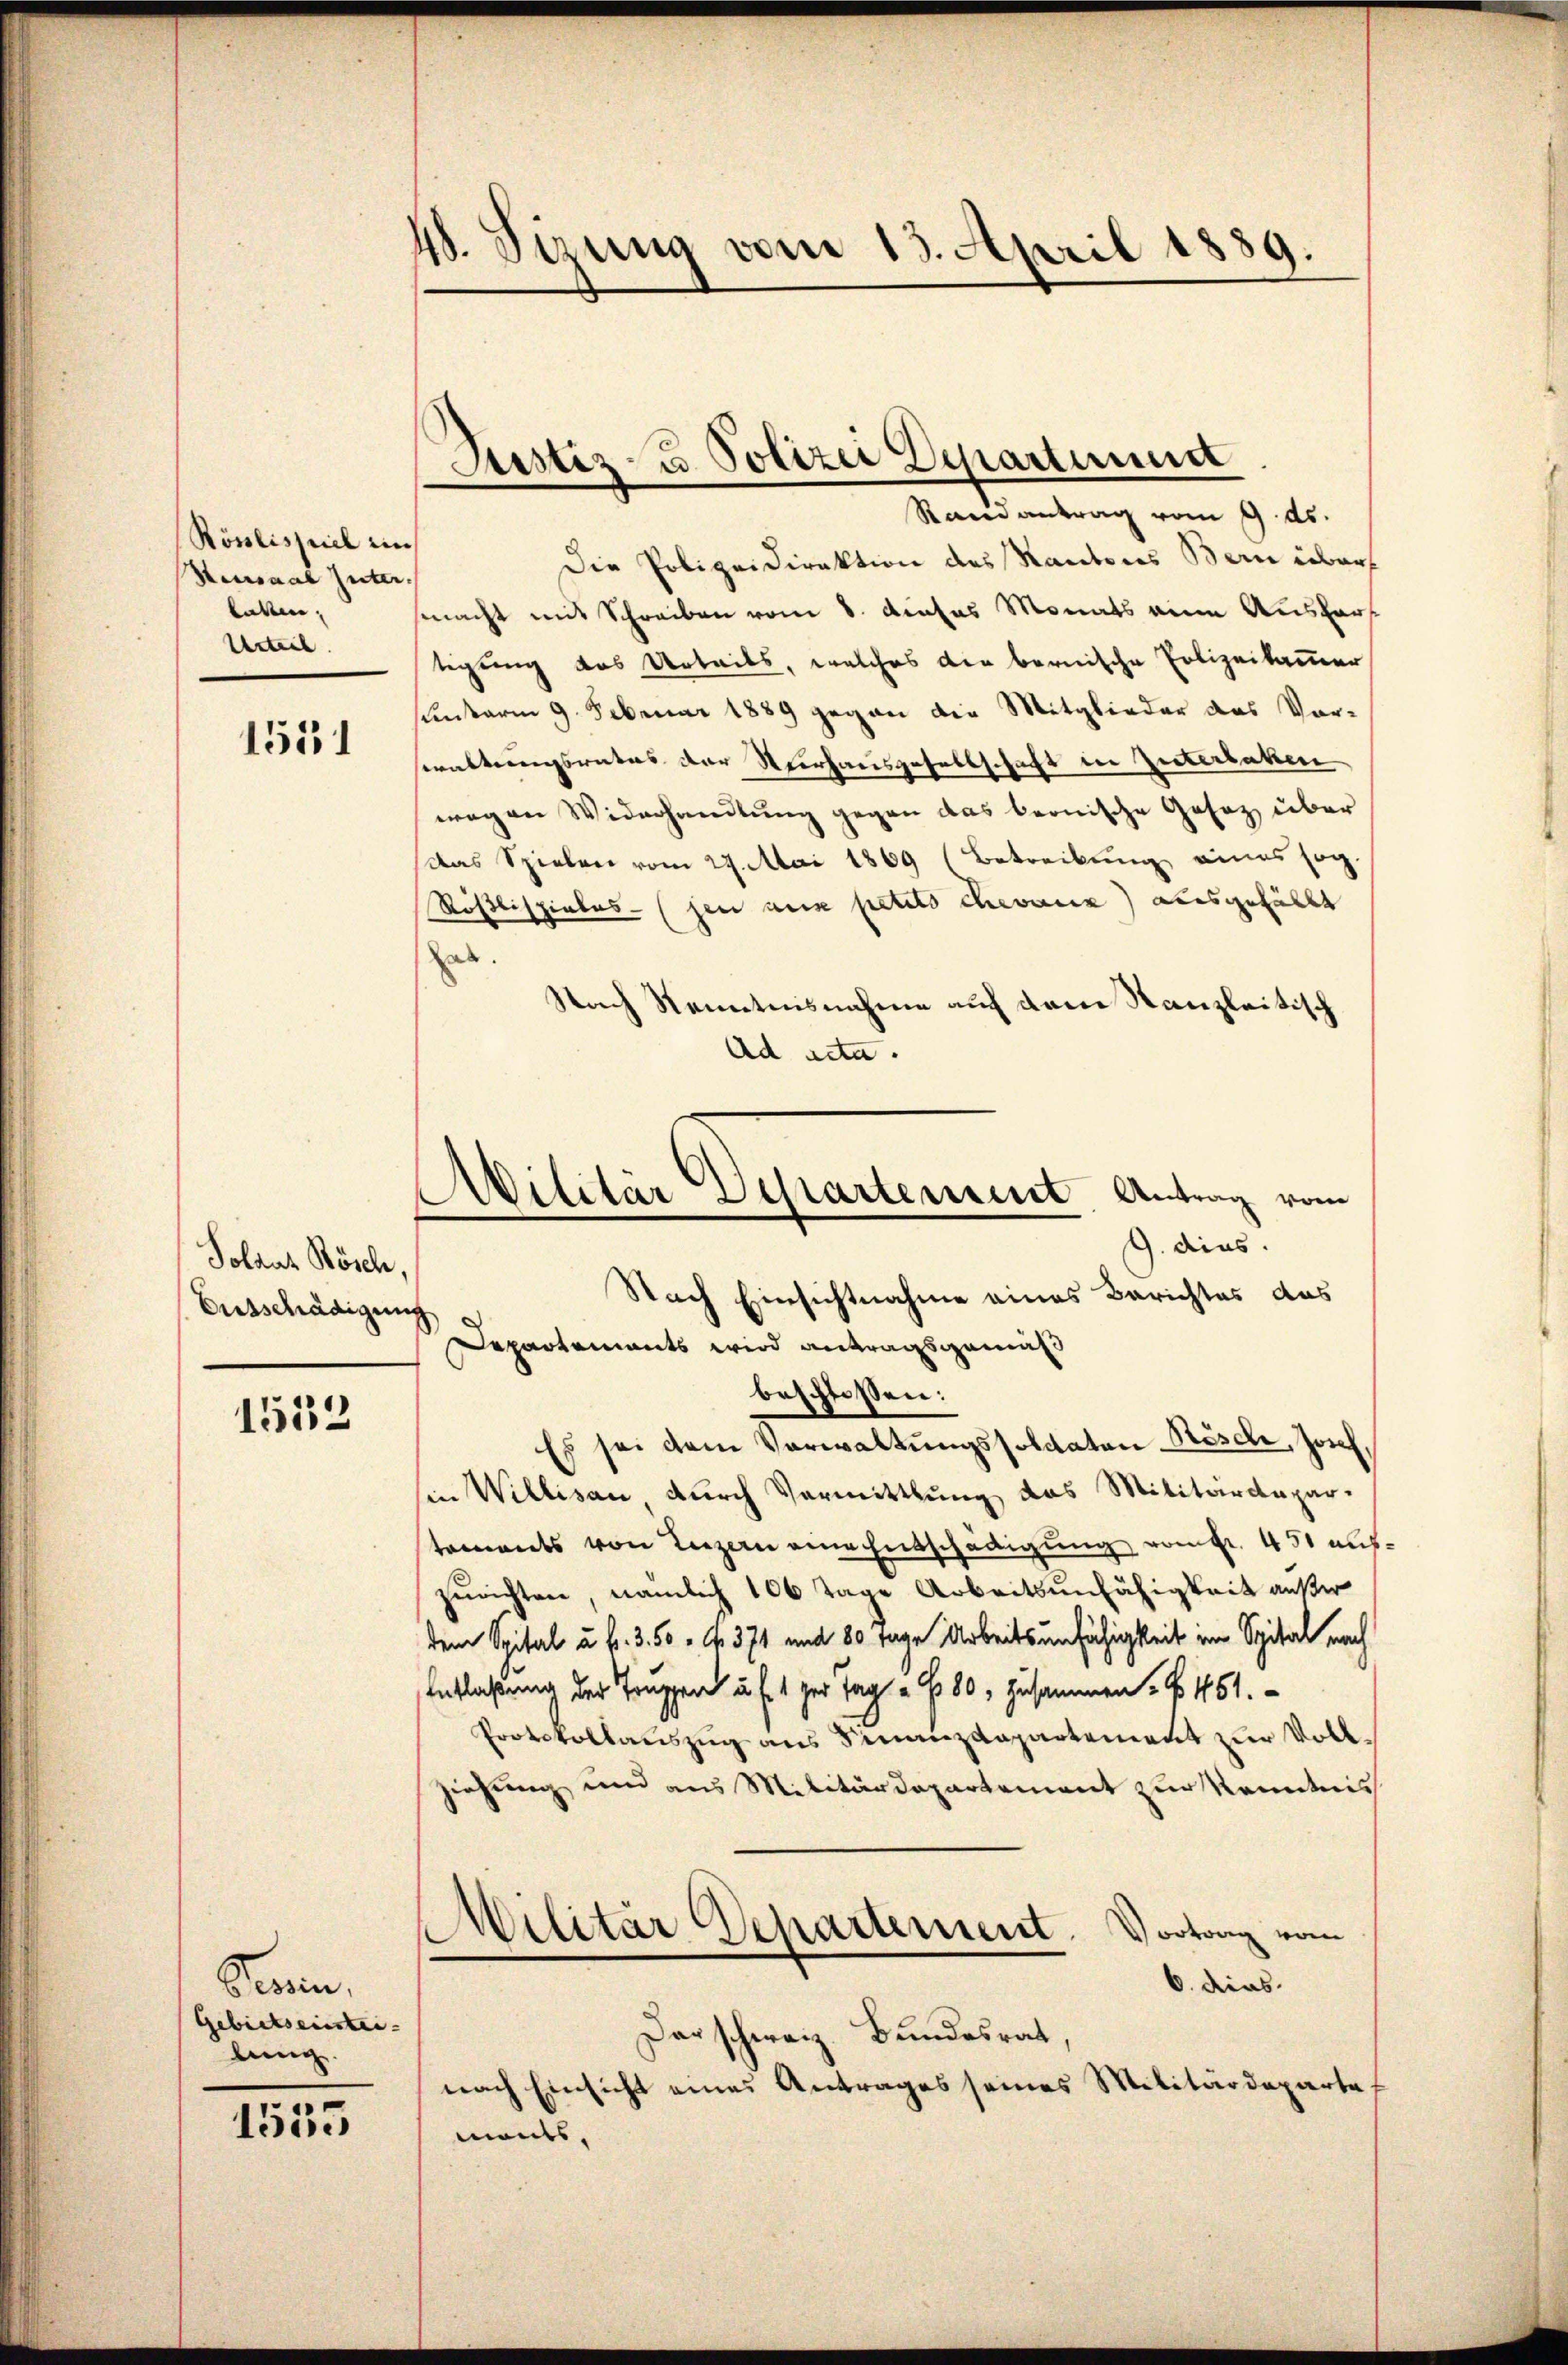
Röslispiel in
Sensaal Intertatten,
Urteil.

1551

Solanz Rösch,
Entschädigen

1552

Kain.
Gebietseinstei- |
lung.

1555

48. Sitzung vom 13. April 1889.

Justiz- u. Polizei Departinue

Rain antrag vom 9. ds.
Die Polizeidirektion des Kantons Bern über
macht mit Schreiben vom 8. dieses Monats eine Aushar
tigung des Urteils, welches die bernische Polizeikammer
unterm 9. Februar 1889 gegen die Mitglieder das Vorewaltungsrates der Nuerhausgesellschaft in Güterbalen
wegen Widerhandlung gegen das beonische Gesetz über
Das Spielen vom 27. Mai 1869 (Betreibung eines sog.
Rösslispielesen aus petito chevanz) ausgefällt
hab.
Nach Kenntnisnahme auf dem Kanzleitisch
Ad acta.
beschloßen:
Es sei dem Verwaltungssoldaten Bösch, Josef,
in Willisau durch Vermittlung das Militärdepar-
tements von Luzern eine Entschädigung vom fr. 451 aus.
zurichten, nämlich 106 Tage Arbeitsunfähigkeit außer
dem Spital u. fr. 350 - 4. 371 und 80 Tage Arbeitsunfähigkeit im Spital nach
Entlaßung der Truppen u. d. 1 zur Tag - 6 80, zusammen. § 451.
Protokollauszug aus Finanzdepartement zur Vollziehung und aus Militärdepartement zur Kenntnis
Militär Departement.
Vortrag vom
e
6. dies
Dar schweiz. Bundesrat,
nach Einsicht eines Antrages seines Militärdeparte
ments,

Avilitär Departement. Antrag vom
9. dies
Nach Einsichtnahme eines Berichtes das
c
Departements wird antragsgemäß